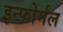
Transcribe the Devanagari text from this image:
इन्फोर्मल